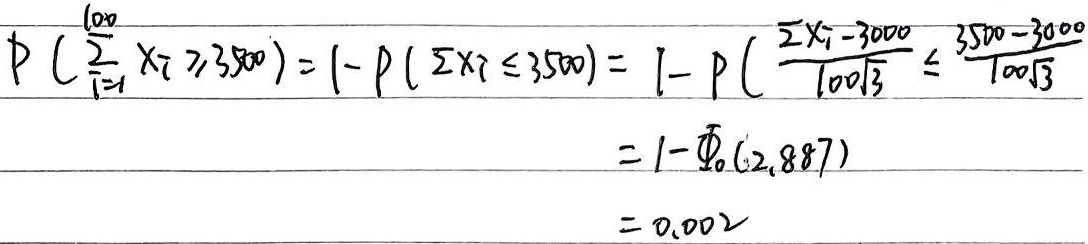
\[
\begin{align*}
P\left(\sum_{i = 1}^{100}X_{i}\geq3500\right)&=1 - P\left(\sum_{i = 1}^{100}X_{i}\leq3500\right)\\
&=1 - P\left(\frac{\sum_{i = 1}^{100}X_{i}-3000}{100\sqrt{3}}\leq\frac{3500 - 3000}{100\sqrt{3}}\right)\\
&=1-\varPhi_{0}(2.887)\\
&=0.002
\end{align*}
\]